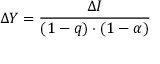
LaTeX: \Delta Y = { \frac { \Delta I } { ( 1 - q ) \cdot ( 1 - \alpha ) } } \,